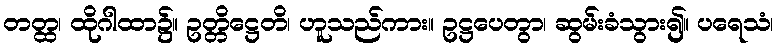
တတ္ထ၊ ထိုဂါထာ၌။ ဥတ္တိဋ္ဌေတိ၊ ဟူသည်ကား။ ဥဋ္ဌပေတွာ၊ ဆွမ်းခံသွား၍။ ပရေသံ၊